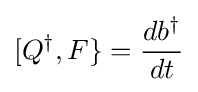
[Q^{\dagger },F\}={\frac {db^{\dagger }}{dt}}